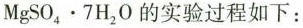
$$MgSO_{4}\cdot 7H_{2}O$$的实验过程如下：